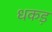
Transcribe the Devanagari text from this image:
धकड़